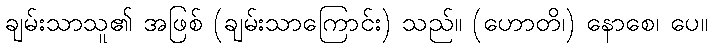
ချမ်းသာသူ၏ အဖြစ် (ချမ်းသာကြောင်း) သည်။ (ဟောတိ၊) နောစေ၊ ပေ။